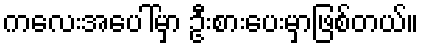
ကလေးအပေါ်မှာ ဦးစားပေးမှာဖြစ်တယ်။